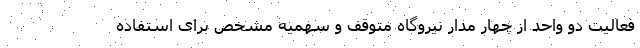
فعالیت دو واحد از چهار مدار نیروگاه متوقف و سهمیه مشخص برای استفاده